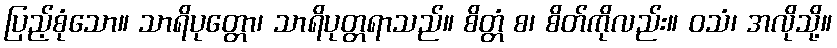
ပြည့်စုံသော။ သာရိပုတ္တော၊ သာရိပုတ္တရာသည်။ စိတ္တံ စ၊ စိတ်ကိုလည်း။ ဝသံ၊ အလိုသို့။